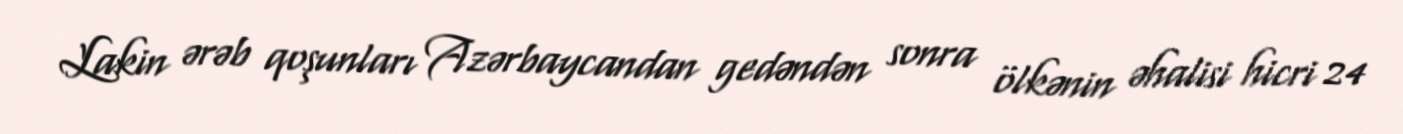
Lakin ərəb qoşunları Azərbaycandan gedəndən sonra ölkənin əhalisi hicri 24